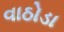
વાઠોડા